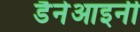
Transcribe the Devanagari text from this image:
डैनेआइनी